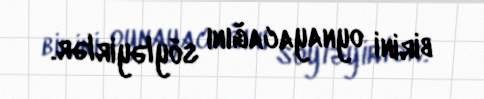
birini oynayacağını söyləyirlər.